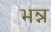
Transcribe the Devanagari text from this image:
भन्न